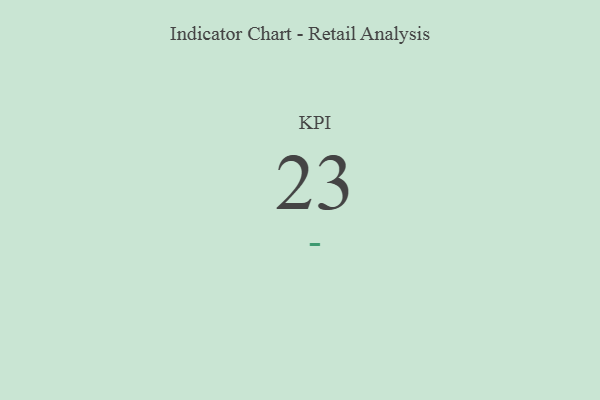
{"axis": {"x": "KPI", "y": "Value"}, "legend": [""], "data": [{"x": "KPI", "y": 23, "type": ""}]}